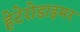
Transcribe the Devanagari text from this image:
हेटेरोडाइमर